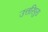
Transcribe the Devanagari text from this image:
उत्तरिपुरा